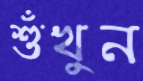
শুঁখুন